Indian journal of veterinary science and animal husbandry - Volume 11,
Year: 1941
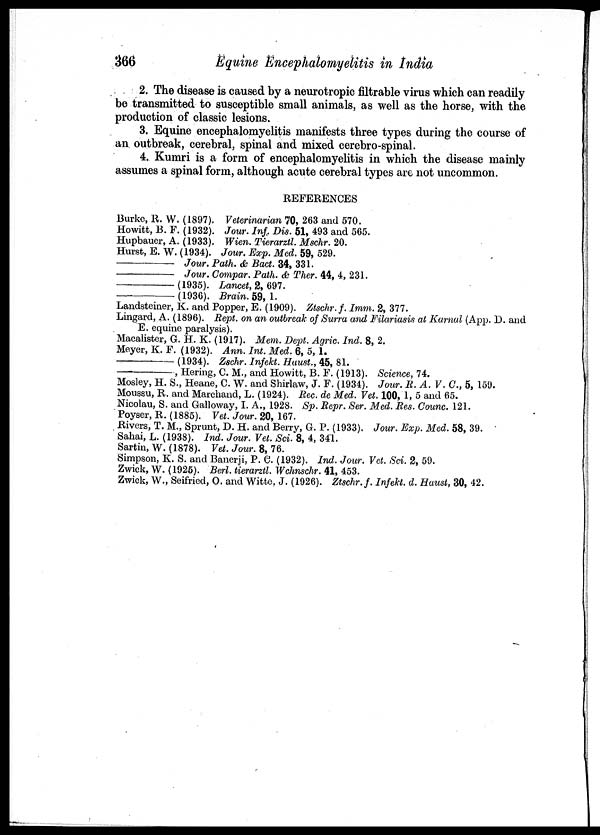
366
Equine Encephalomyelitis in India
2. The disease is caused by a neurotropic filtrable virus which can readily
be transmitted to susceptible small animals, as well as the horse, with the
production of classic lesions.
3. Equine encephalomyelitis manifests three types during the course of
an outbreak, cerebral, spinal and mixed cerebro-spinal.
4. Kumri is a form of encephalomyelitis in which the disease mainly
assumes a spinal form, although acute cerebral types are not uncommon.
REFERENCES
Burke, R. W. (1897). Veterinarian 70, 263 and 570.
Howitt, B. F. (1932). Jour. Inf. Dis. 51, 493 and 565.
Hupbauer, A. (1933). Wien. Tierarztl. Mschr. 20.
Hurst, E. W. (1934). Jour. Exp. Med. 59, 529.
—
Jour. Path. & Bact. 34, 331.
—
Jour. Compar. Path. & Ther. 44, 4, 231.
—(1935).
Lancet, 2, 697.
—(1936).
Brain. 59, 1.
Landsteiner, K. and Popper, E. (1909). Ztschr.f. Imm. 2, 377.
Lingard, A. (1896). Rept. on an outbreak of Surra and Filariasis at Karnal (App. D. and
E. equine paralysis).
Macalister, G. H. K. (1917). Mem. Dept. Agric. Ind. 8, 2.
Meyer, K. F. (1932). Ann. Int. Med. 6, 5, 1.
—(1934).
Zschr. Infekt. Haust., 45, 81.
—,
Hering, C. M., and Howitt, B. F. (1913). Science, 74.
Mosley, H. S., Heane, C. W. and Shirlaw, J. F. (1934). Jour. R. A. V. C., 5, 159.
Moussu, R. and Marchand, L. (1924). Rec. de Med. Vet. 100, 1, 5 and 65.
Nicolau, S. and Galloway, I. A., 1928. Sp. Repr. Ser. Med. Res. Counc. 121.
Poyser, R. (1885). Vet. Jour. 20, 167.
Rivers, T. M., Sprunt, D. H. and Berry, G. P. (1933). Jour. Exp. Med. 58, 39.
Sahai, L. (1938). Ind. Jour. Vet. Sci. 8, 4, 341.
Sartin, W. (1878). Vet. Jour. 8, 76.
Simpson, K. S. and Banerji, P. C. (1932). Ind. Jour. Vet. Sci. 2, 59.
Zwick, W. (1925). Berl. tierarztl. Wchnschr. 41, 453.
Zwick, W., Seifried, O. and Witte, J. (1926). Ztschr.f. Infekt. d. Haust, 30, 42.